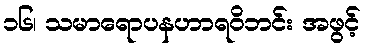
၁၆၊ သမာရောပနဟာရဝိဘင်း အဖွင့်